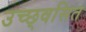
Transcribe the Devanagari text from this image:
उच्छ्‌वसित